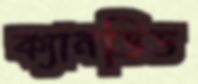
ক্যানডিড